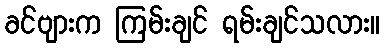
ခင်ဗျားက ကြမ်းချင် ရမ်းချင်သလား။